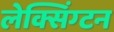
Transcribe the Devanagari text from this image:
लेक्सिंग्‍टन